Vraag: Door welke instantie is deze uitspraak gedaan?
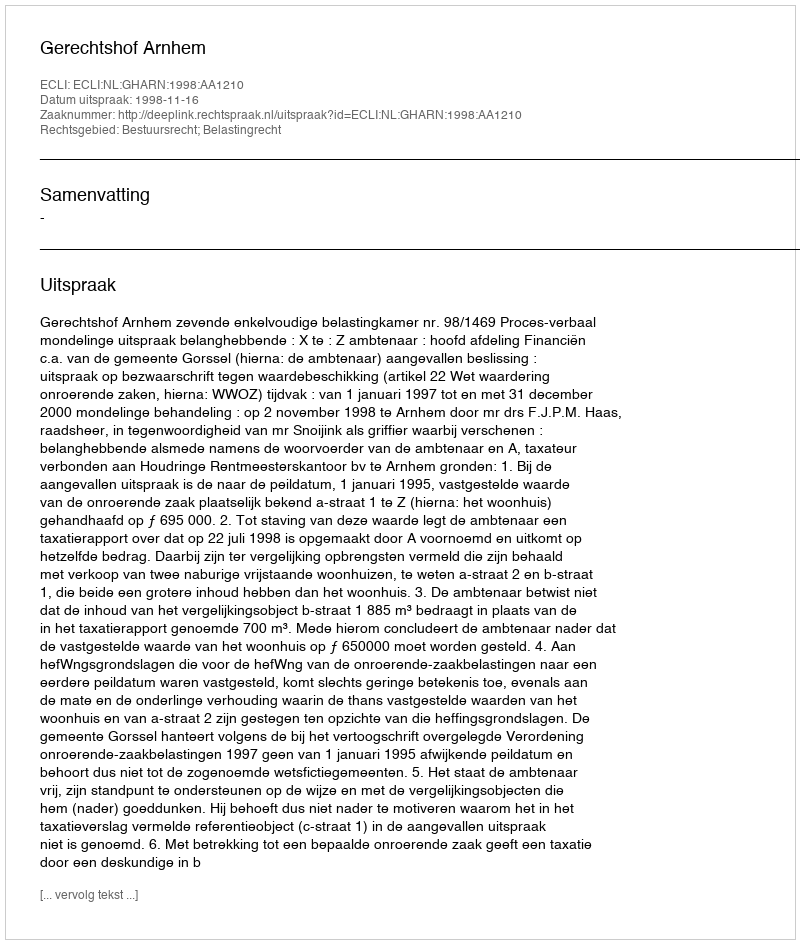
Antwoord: Gerechtshof Arnhem